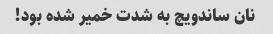
نان ساندویچ به شدت خمیر شده بود!